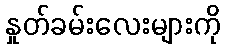
နှုတ်ခမ်းလေးများကို